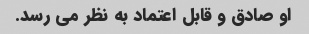
او صادق و قابل اعتماد به نظر می رسد.